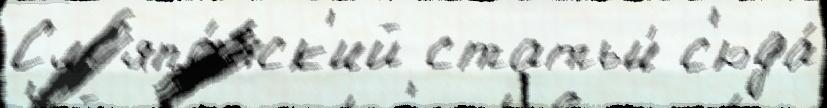
См япо́нск'ий статьи́ с'юда́